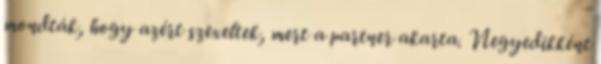
mondták, hogy azért szexeltek, mert a partner akarta. Negyedikként